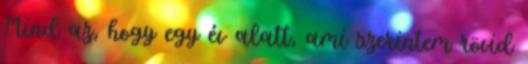
Mind az, hogy egy év alatt, ami szerintem rövid